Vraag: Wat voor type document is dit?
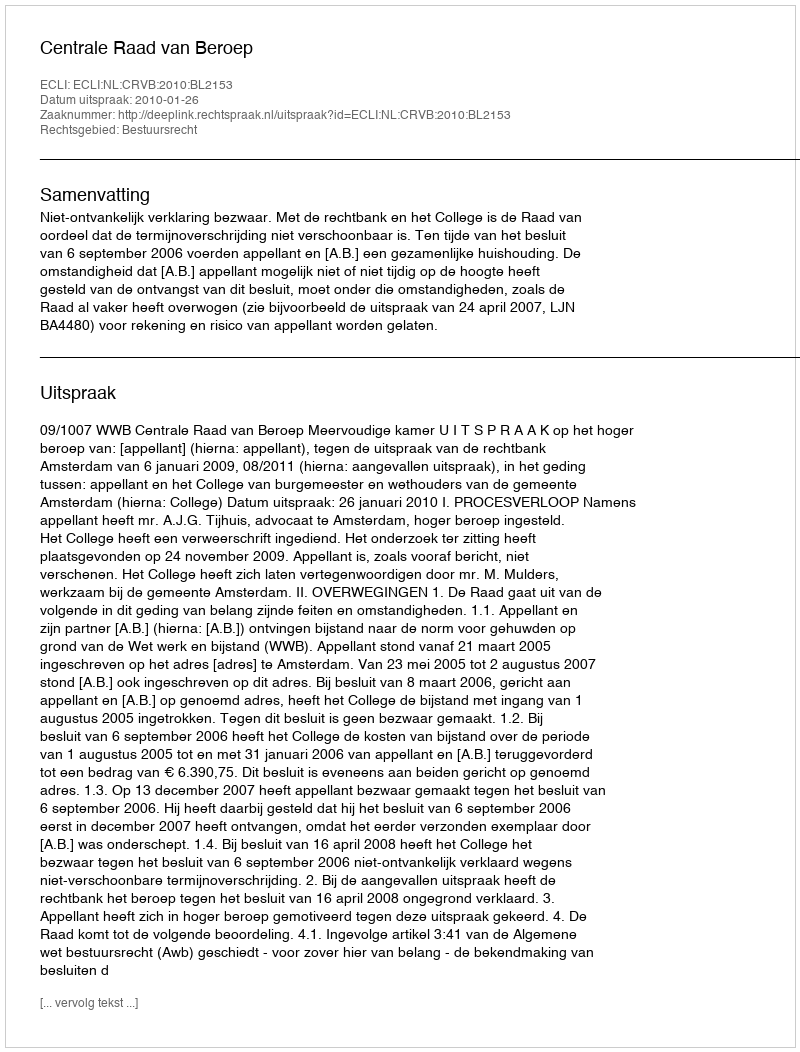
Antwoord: Uitspraak